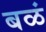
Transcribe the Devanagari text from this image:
बळं